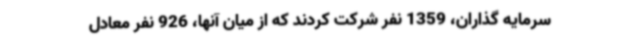
سرمایه گذاران، 1359 نفر شرکت کردند که از میان آنها، 926 نفر معادل